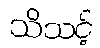
သိသင့်